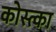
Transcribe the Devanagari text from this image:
कोस्त्का